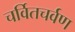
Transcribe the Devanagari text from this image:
चर्वितचर्वण